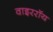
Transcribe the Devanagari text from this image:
वाइररॉय